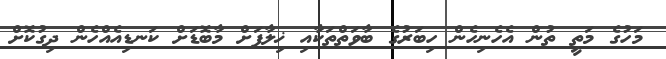
މަހުގެ މަތީ ތުން އެހެނިހެން ހިބަރުގެ ބާވަތްތަކާއި ޚިލާފަށް މާބޮޑަށް ކަނޑިއެއްހެން ދިގުކޮށް